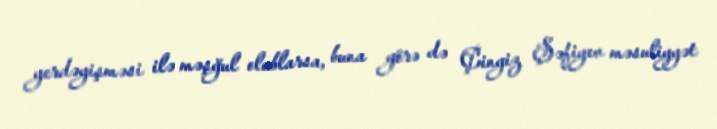
yerdəyişməsi ilə məşğul olublarsa, buna görə də Çingiz Şəfiyev məsuliyyət